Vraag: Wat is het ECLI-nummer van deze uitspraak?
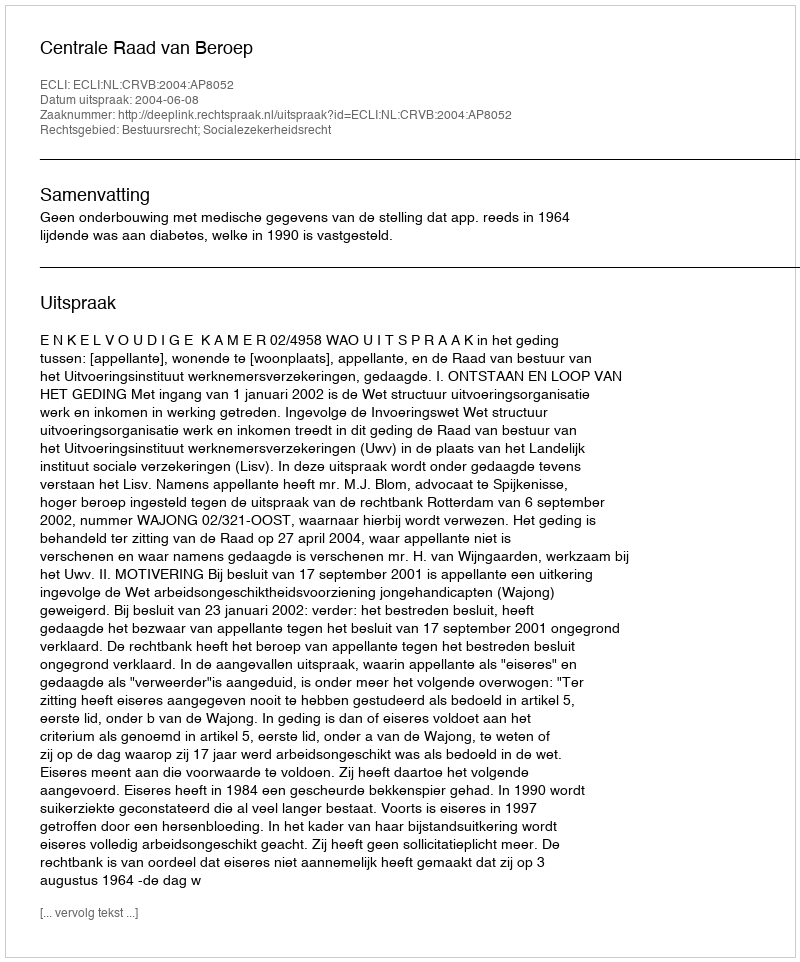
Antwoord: ECLI:NL:CRVB:2004:AP8052